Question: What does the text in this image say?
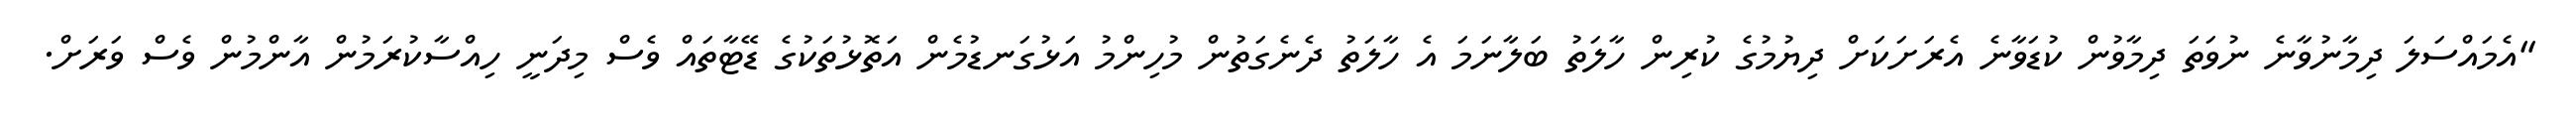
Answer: "އެމައްސަލަ ދިމާނުވާނެ ނުވަތަ ދިމާވުން ކުޑަވާނެ އެރަށަކަށް ދިޔުމުގެ ކުރިން ހާލަތު ބަލާނަމަ އެ ހާލަތު ދެނެގަތުން މުހިންމު އަޅުގަނޑުމެން އަތޮޅުތަކުގެ ޑޭޓާތައް ވެސް މިދަނީ ހިއްސާކުރަމުން އާންމުން ވެސް ވަރަށް.